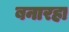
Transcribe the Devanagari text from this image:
बनारहा